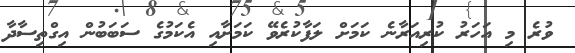
ވުރެ މި އަހަރު ކުރިއަރާނެ ކަމަށް ލަފާކުރެވޭ ކަމަށާއި އެކަމުގެ ސަބަބުން އިގްތިސާދާ